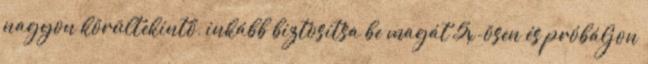
nagyon körültekintő, inkább biztosítsa be magát 5x-ösen és próbáljon